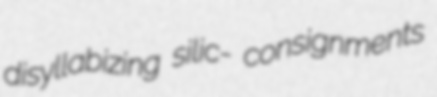
disyllabizing silic- consignments